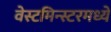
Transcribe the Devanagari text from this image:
वेस्टमिन्स्टरमध्ये